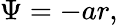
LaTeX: \Psi=-ar,